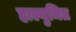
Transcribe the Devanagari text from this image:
हाल्युमित